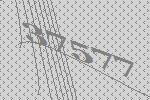
37577